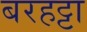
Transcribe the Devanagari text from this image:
बरहट्टा